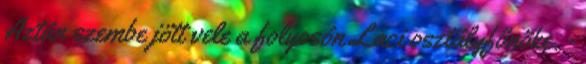
Aztán szembe jött vele a folyosón Laci osztályfőnöke. -